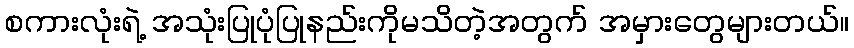
စကားလုံးရဲ့ အသုံးပြုပုံပြုနည်းကိုမသိတဲ့အတွက် အမှားတွေများတယ်။